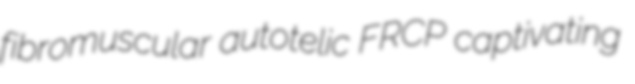
fibromuscular autotelic FRCP captivating